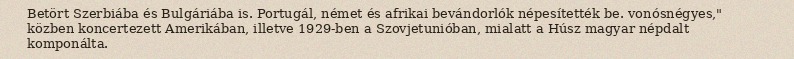
Betört Szerbiába és Bulgáriába is. Portugál, német és afrikai bevándorlók népesítették be. vonósnégyes," közben koncertezett Amerikában, illetve 1929-ben a Szovjetunióban, mialatt a Húsz magyar népdalt komponálta.